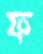
ফ